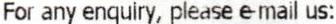
FOR ANY ENQUIRY, PLEASE E-MAIL US: